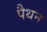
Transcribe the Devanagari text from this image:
पैथन